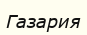
Газария